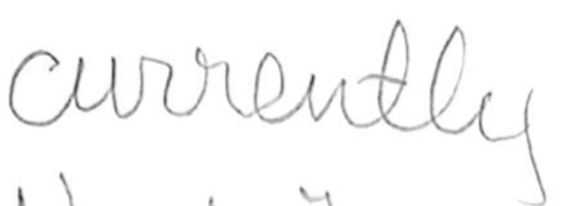
Text: currently
Cross-out: clean
Writing tool: pencil